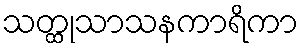
သတ္ထုသာသနကာရိကာ